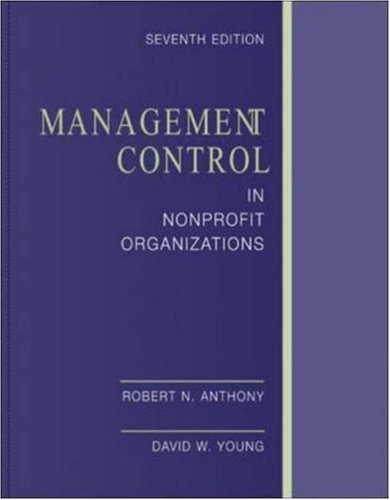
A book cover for Management Control In Nonprofit Organizations; Robert Anthony; Business & Money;